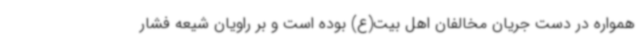
همواره در دست جریان مخالفان اهل بیت(ع) بوده است و بر راویان شیعه فشار